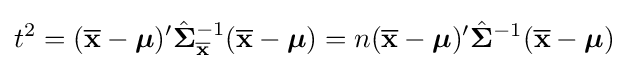
t^{2}=({\overline {\mathbf {x} }}-{\boldsymbol {\mu }})'{\hat {\mathbf {\Sigma } }}_{\overline {\mathbf {x} }}^{-1}({\overline {\mathbf {x} }}-{\boldsymbol {\mathbf {\mu } }})=n({\overline {\mathbf {x} }}-{\boldsymbol {\mu }})'{\hat {\mathbf {\Sigma } }}^{-1}({\overline {\mathbf {x} }}-{\boldsymbol {\mathbf {\mu } }})